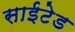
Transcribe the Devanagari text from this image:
साईटेड